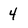
Character: 4